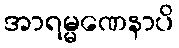
အာရမ္မဏေနာပိ